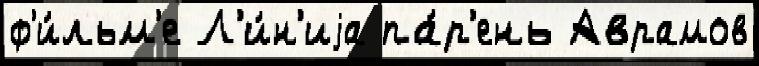
ф'и́льм'е Л'и́н'иjа па́р'ень Аврамов